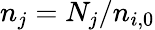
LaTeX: n_{j}={N_{j}}/{n_{i,0}}